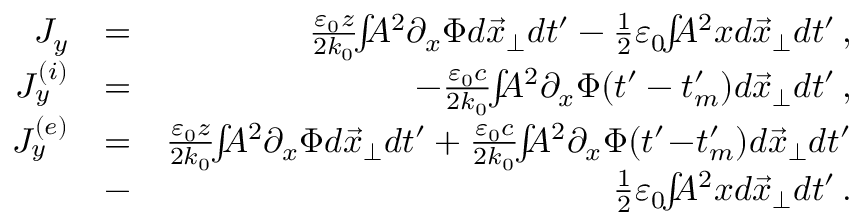
\begin{array} { r l r } { J _ { y } } & { = } & { \frac { \varepsilon _ { 0 } z } { 2 k _ { 0 } } \! \! \int \! \! \! A ^ { 2 } \partial _ { x } \Phi d \vec { x } _ { \perp } d t ^ { \prime } - \frac { 1 } { 2 } \varepsilon _ { 0 } \! \! \int \! \! \! A ^ { 2 } x d \vec { x } _ { \perp } d t ^ { \prime } \, , } \\ { J _ { y } ^ { ( i ) } } & { = } & { - \frac { \varepsilon _ { 0 } c } { 2 k _ { 0 } } \! \! \int \! \! \! A ^ { 2 } \partial _ { x } \Phi ( t ^ { \prime } - t _ { m } ^ { \prime } ) d \vec { x } _ { \perp } d t ^ { \prime } \, , } \\ { J _ { y } ^ { ( e ) } } & { = } & { \frac { \varepsilon _ { 0 } z } { 2 k _ { 0 } } \! \! \int \! \! \! A ^ { 2 } \partial _ { x } \Phi d \vec { x } _ { \perp } d t ^ { \prime } + \frac { \varepsilon _ { 0 } c } { 2 k _ { 0 } } \! \! \int \! \! \! A ^ { 2 } \partial _ { x } \Phi ( t ^ { \prime } \! - \! t _ { m } ^ { \prime } ) d \vec { x } _ { \perp } d t ^ { \prime } } \\ & { - } & { \frac { 1 } { 2 } \varepsilon _ { 0 } \! \! \int \! \! \! A ^ { 2 } x d \vec { x } _ { \perp } d t ^ { \prime } \, . } \end{array}